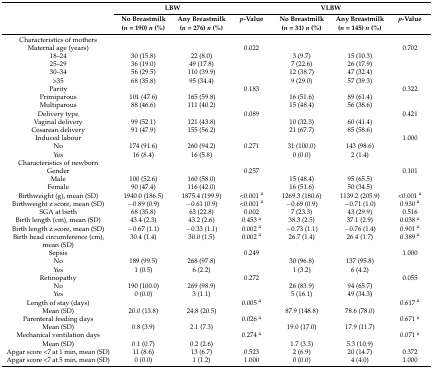
<table><thead><tr><td rowspan="2"></td><td colspan="2"><b>LBW</b></td><td></td><td colspan="2"><b>VLBW</b></td><td></td></tr><tr><td><b>No Breastmilk (<i>n</i> = 190) <i>n</i> (%)</b></td><td><b>Any Breastmilk (<i>n</i> = 276) <i>n</i> (%)</b></td><td><b><i>p</i>-Value</b></td><td><b>No Breastmilk (<i>n</i> = 31) <i>n</i> (%)</b></td><td><b>Any Breastmilk (<i>n</i> = 145) <i>n</i> (%)</b></td><td><b><i>p</i>-Value</b></td></tr></thead><tbody><tr><td>Characteristics of mothers</td><td></td><td></td><td></td><td></td><td></td><td></td></tr><tr><td>Maternal age (years)</td><td></td><td></td><td>0.022</td><td></td><td></td><td>0.702</td></tr><tr><td>18–24</td><td>30 (15.8)</td><td>22 (8.0)</td><td></td><td>3 (9.7)</td><td>15 (10.3)</td><td></td></tr><tr><td>25–29</td><td>36 (19.0)</td><td>49 (17.8)</td><td></td><td>7 (22.6)</td><td>26 (17.9)</td><td></td></tr><tr><td>30–34</td><td>56 (29.5)</td><td>110 (39.9)</td><td></td><td>12 (38.7)</td><td>47 (32.4)</td><td></td></tr><tr><td>&gt;35</td><td>68 (35.8)</td><td>95 (34.4)</td><td></td><td>9 (29.0)</td><td>57 (39.3)</td><td></td></tr><tr><td>Parity</td><td></td><td></td><td>0.183</td><td></td><td></td><td>0.322</td></tr><tr><td>Primiparous</td><td>101 (47.6)</td><td>165 (59.8)</td><td></td><td>16 (51.6)</td><td>89 (61.4)</td><td></td></tr><tr><td>Multiparous</td><td>88 (46.6)</td><td>111 (40.2)</td><td></td><td>15 (48.4)</td><td>56 (38.6)</td><td></td></tr><tr><td>Delivery type</td><td></td><td></td><td>0.089</td><td></td><td></td><td>0.421</td></tr><tr><td>Vaginal delivery</td><td>99 (52.1)</td><td>121 (43.8)</td><td></td><td>10 (32.3)</td><td>60 (41.4)</td><td></td></tr><tr><td>Cesarean delivery</td><td>91 (47.9)</td><td>155 (56.2)</td><td></td><td>21 (67.7)</td><td>85 (58.6)</td><td></td></tr><tr><td>Induced labour</td><td></td><td></td><td></td><td></td><td></td><td>1.000</td></tr><tr><td>No</td><td>174 (91.6)</td><td>260 (94.2)</td><td>0.271</td><td>31 (100.0)</td><td>143 (98.6)</td><td></td></tr><tr><td>Yes</td><td>16 (8.4)</td><td>16 (5.8)</td><td></td><td>0 (0.0)</td><td>2 (1.4)</td><td></td></tr><tr><td>Characteristics of newborn</td><td></td><td></td><td></td><td></td><td></td><td></td></tr><tr><td>Gender</td><td></td><td></td><td>0.257</td><td></td><td></td><td>0.101</td></tr><tr><td>Male</td><td>100 (52.6)</td><td>160 (58.0)</td><td></td><td>15 (48.4)</td><td>95 (65.5)</td><td></td></tr><tr><td>Female</td><td>90 (47.4)</td><td>116 (42.0)</td><td></td><td>16 (51.6)</td><td>50 (34.5)</td><td></td></tr><tr><td>Birthweight (g), mean (SD)</td><td>1940.0 (186.5)</td><td>1875.4 (199.9)</td><td>&lt;0.001 <sup>a</sup></td><td>1269.3 (180.6)</td><td>1139.2 (205.9)</td><td>&lt;0.001 <sup>a</sup></td></tr><tr><td>Birthweight z score, mean (SD)</td><td>−0.89 (0.9)</td><td>−0.61 (0.9)</td><td>&lt;0.001 <sup>a</sup></td><td>−0.69 (0.9)</td><td>−0.71 (1.0)</td><td>0.930 <sup>a</sup></td></tr><tr><td>SGA at birth</td><td>68 (35.8)</td><td>63 (22.8)</td><td>0.002</td><td>7 (23.3)</td><td>43 (29.9)</td><td>0.516</td></tr><tr><td>Birth length (cm), mean (SD)</td><td>43.4 (2.3)</td><td>43.2 (2.6)</td><td>0.453 <sup>a</sup></td><td>38.3 (2.5)</td><td>37.1 (2.9)</td><td>0.038 <sup>a</sup></td></tr><tr><td>Birth length z score, mean (SD)</td><td>−0.67 (1.1)</td><td>−0.33 (1.1)</td><td>0.002 <sup>a</sup></td><td>−0.73 (1.1)</td><td>−0.76 (1.4)</td><td>0.901 <sup>a</sup></td></tr><tr><td>Birth head circumference (cm), mean (SD)</td><td>30.4 (1.4)</td><td>30.0 (1.5)</td><td>0.002 <sup>a</sup></td><td>26.7 (1.4)</td><td>26.4 (1.7)</td><td>0.389 <sup>a</sup></td></tr><tr><td>Sepsis</td><td></td><td></td><td>0.249</td><td></td><td></td><td>1.000</td></tr><tr><td>No</td><td>189 (99.5)</td><td>268 (97.8)</td><td></td><td>30 (96.8)</td><td>137 (95.8)</td><td></td></tr><tr><td>Yes</td><td>1 (0.5)</td><td>6 (2.2)</td><td></td><td>1 (3.2)</td><td>6 (4.2)</td><td></td></tr><tr><td>Retinopathy</td><td></td><td></td><td>0.272</td><td></td><td></td><td>0.055</td></tr><tr><td>No</td><td>190 (100.0)</td><td>269 (98.9)</td><td></td><td>26 (83.9)</td><td>94 (65.7)</td><td></td></tr><tr><td>Yes</td><td>0 (0.0)</td><td>3 (1.1)</td><td></td><td>5 (16.1)</td><td>49 (34.3)</td><td></td></tr><tr><td>Length of stay (days)</td><td></td><td></td><td>0.005 <sup>a</sup></td><td></td><td></td><td>0.617 <sup>a</sup></td></tr><tr><td>Mean (SD)</td><td>20.0 (13.8)</td><td>24.8 (20.5)</td><td></td><td>87.9 (148.8)</td><td>78.6 (78.0)</td><td></td></tr><tr><td>Parenteral feeding days</td><td></td><td></td><td>0.026 <sup>a</sup></td><td></td><td></td><td>0.671 <sup>a</sup></td></tr><tr><td>Mean (SD)</td><td>0.8 (3.9)</td><td>2.1 (7.3)</td><td></td><td>19.0 (17.0)</td><td>17.9 (11.7)</td><td></td></tr><tr><td>Mechanical ventilation days</td><td></td><td></td><td>0.274 <sup>a</sup></td><td></td><td></td><td>0.071 <sup>a</sup></td></tr><tr><td>Mean (SD)</td><td>0.1 (0.7)</td><td>0.2 (2.6)</td><td></td><td>1.7 (3.3)</td><td>5.3 (10.9)</td><td></td></tr><tr><td>Apgar score &lt;7 at 1 min, mean (SD)</td><td>11 (8.6)</td><td>13 (6.7)</td><td>0.523</td><td>2 (6.9)</td><td>20 (14.7)</td><td>0.372</td></tr><tr><td>Apgar score &lt;7 at 5 min, mean (SD)</td><td>0 (0.0)</td><td>1 (1.2)</td><td>1.000</td><td>0 (0.0)</td><td>4 (4.0)</td><td>1.000</td></tr></tbody></table>